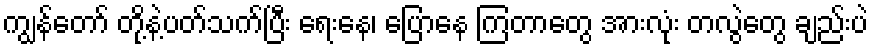
ကျွန်တော် တို့နဲ့ပတ်သက်ပြီး ရေးနေ၊ ပြောနေ ကြတာတွေ အားလုံး တလွဲတွေ ချည်းပဲ